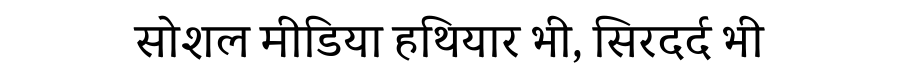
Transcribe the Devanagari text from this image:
सोशल मीडिया हथियार भी, सिरदर्द भी